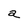
Character: a